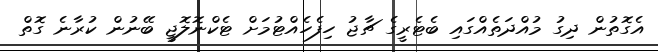
އެގޮތުން ދިގު މުއްދަތެއްގައި ބެޓެރީގެ ޗާޖު ހިފެހެއްޓުމަށް ޓެކްނޮލޮޖީ ބޭނުން ކުރާނެ ގޮތް